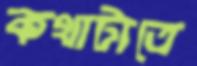
কথাটাতে